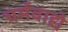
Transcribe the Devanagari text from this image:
चर्मवाद्ये